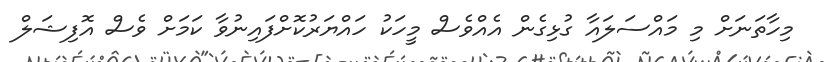
މިހާތަނަށް މި މައްސަލައާ ގުޅިގެން އެއްވެސް މީހަކު ހައްޔަރުކޮށްފައިނުވާ ކަމަށް ވެސް އޮފިޝަލް